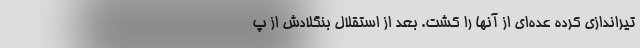
تیراندازی کرده عده‌ای از آنها را کشت. بعد از استقلال بنگلادش از پ